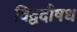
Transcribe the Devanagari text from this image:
विद्वदौषध